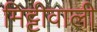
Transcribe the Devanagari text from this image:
मिट्टीवाली